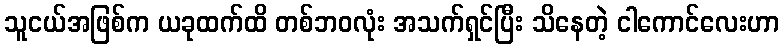
သူငယ်အဖြစ်က ယခုထက်ထိ တစ်ဘဝလုံး အသက်ရှင်ပြီး သိနေတဲ့ ငါကောင်လေးဟာ